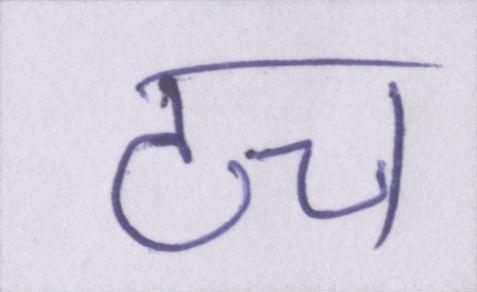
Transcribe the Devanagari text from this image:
टच